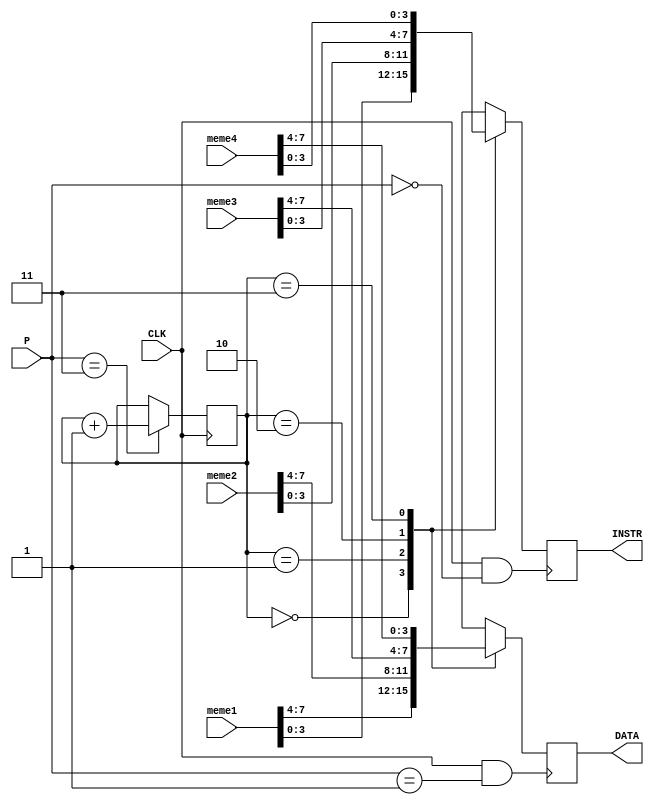
module MEMORY( 			//4*8 regisiters
						input CLK,
						input wire[2:0]P,			//PHASE INPUT;
						input wire[7:0]meme1,			//input memory
						input wire[7:0]meme2,
						input wire[7:0]meme3,
						input wire[7:0]meme4,			//end of input memory
						output wire[3:0] INSTR,			//output reg to CU
						output wire[3:0] DATA);			//output reg to INTERNAL BUS
		
	
	
reg[7:0]MEMORY1;			//memory
reg[7:0]MEMORY2;
reg[7:0]MEMORY3;
reg[7:0]MEMORY4;			//end of memoy
reg[3:0]MEINSTR;
reg[3:0]MEDATA;
reg[1:0]COUNTER;			//counter reg
	
	
	
initial			//initalizting memory to inputs
begin
	MEMORY1<=meme1;
	MEMORY2<=meme2;
	MEMORY3<=meme3;
	MEMORY4<=meme4;
end
	
	
	
initial			//memory counter
begin
	COUNTER=-1;
end
always @(negedge CLK)			//counter code
begin 
	if (P==2'b11)
	begin
		COUNTER <= COUNTER + 1;
	end
end
	
	
	
always @(posedge CLK && (P==2'b00))			//sending instruction to CU
begin
	case(COUNTER)
		2'b00:MEINSTR[3:0]<=MEMORY1[3:0];
		2'b01:MEINSTR[3:0]<=MEMORY2[3:0];
		2'b10:MEINSTR[3:0]<=MEMORY3[3:0];
		2'b11:MEINSTR[3:0]<=MEMORY4[3:0];
	default:;
	endcase
end
	
always @(posedge CLK &&(P==2'b01))			//sending data to internal bus
begin
	case(COUNTER)
			2'b00:MEDATA[3:0]<=MEMORY1[7:4];
			2'b01:MEDATA[3:0]<=MEMORY2[7:4];
			2'b10:MEDATA[3:0]<=MEMORY3[7:4];
			2'b11:MEDATA[3:0]<=MEMORY4[7:4];
	default:;
	endcase
end
	
	
assign DATA=MEDATA;			//assiginin outputs
assign INSTR=MEINSTR;	
endmodule